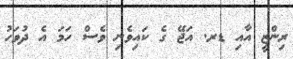
ރިންޒީ އާއި ޑރ. އަޖޭ ގެ ކައިވެނި ވެސް ހަމަ އެ ދުވަހު